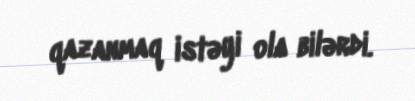
qazanmaq istəyi ola bilərdi.